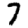
Digit: 7